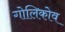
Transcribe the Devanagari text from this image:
गोलिकोव